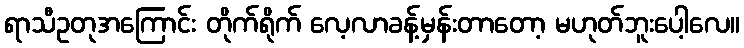
ရာသီဥတုအကြောင်း တိုက်ရိုက် လေ့လာခန့်မှန်းတာတော့ မဟုတ်ဘူးပေါ့လေ။